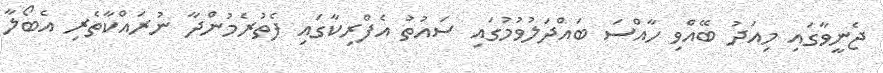
ޖެނީވާގައި މިއަދު ބޭއްވި ހާއްސަ ބައްދަލުވުމުގައި ސައުތު އެފްރިކާގައި ފެތުރެމުންދާ ނުރައްކާތެރި އެބޯލާ